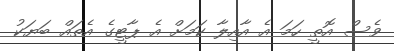
ވެސް އޮތީ ހަމަ އެ އާއިލާ ކަމަށް އެ ޕާޓީގެ އެތައް ބަޔަކު